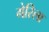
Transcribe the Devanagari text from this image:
गेरिला